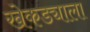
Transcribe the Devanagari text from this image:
खेकड्याला